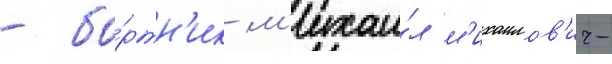
- бо́ртн'ик м'ихаи́л м'ихаилов'ич-